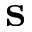
\textbf { s }